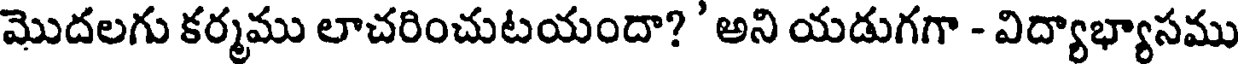
మొదలగు కర్మము లాచరించుటయందా? ' అని యడుగగా - విద్యాభ్యాసము